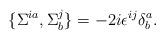
LaTeX: \begin{align*}\{\Sigma^{ia},\Sigma^{j}_b\}=-2i\epsilon^{ij}\delta^a_b.\end{align*}